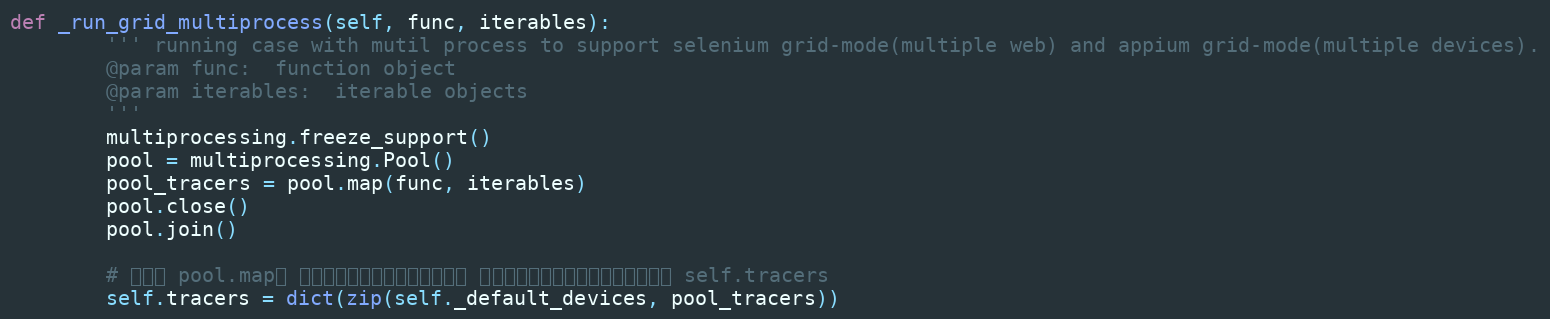
Language: Python
def _run_grid_multiprocess(self, func, iterables):
        ''' running case with mutil process to support selenium grid-mode(multiple web) and appium grid-mode(multiple devices).
        @param func:  function object
        @param iterables:  iterable objects
        '''
        multiprocessing.freeze_support()
        pool = multiprocessing.Pool()
        pool_tracers = pool.map(func, iterables)
        pool.close()
        pool.join()

        # 传递给 pool.map的 实例对象，内存地址发生变化， 因此，这里在运行结束后，重新定义 self.tracers
        self.tracers = dict(zip(self._default_devices, pool_tracers))